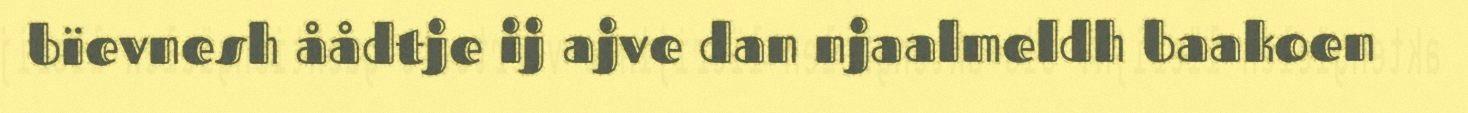
bïevnesh åådtje ij ajve dan njaalmeldh baakoen